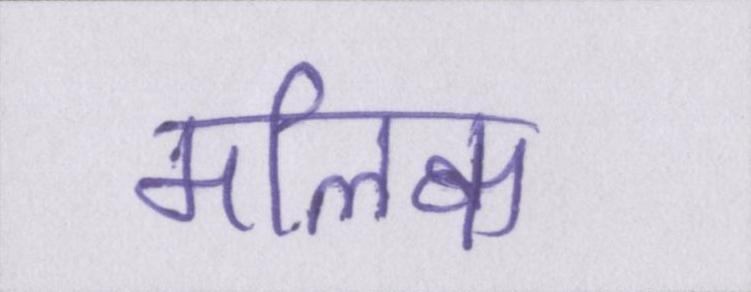
मलिक